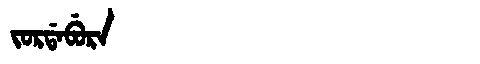
Manchu: ᠵᠣᡵᡩᠠᠪᡠᡵᠠ
Romanization: JORDABURA